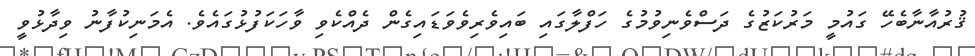
ޤުރުއާނާބެހޭ ގައުމީ މަރުކަޒުގެ ދަސްވެނިވުމުގެ ހަފްލާގައި ބައިވެރިވެވަޑައިގެން ދެއްކެވި ވާހަކަފުޅުގައެވެ. އެމަނިކުފާނު ވިދާޅުވީ